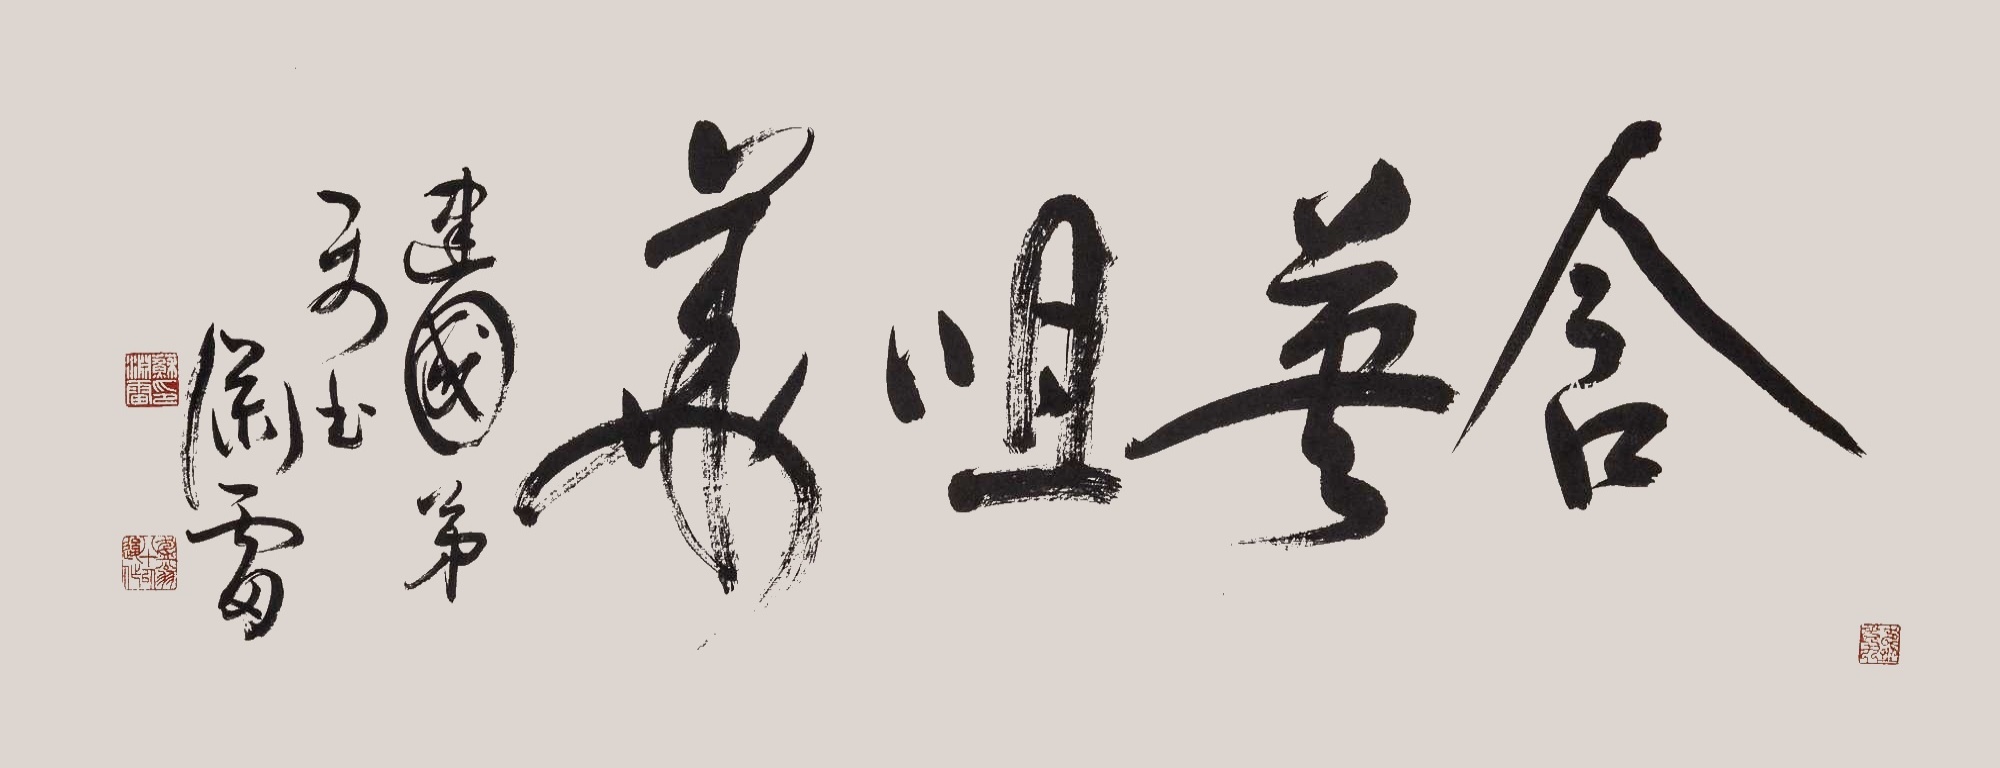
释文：含恩咀华。建国弟属之，渊雷。